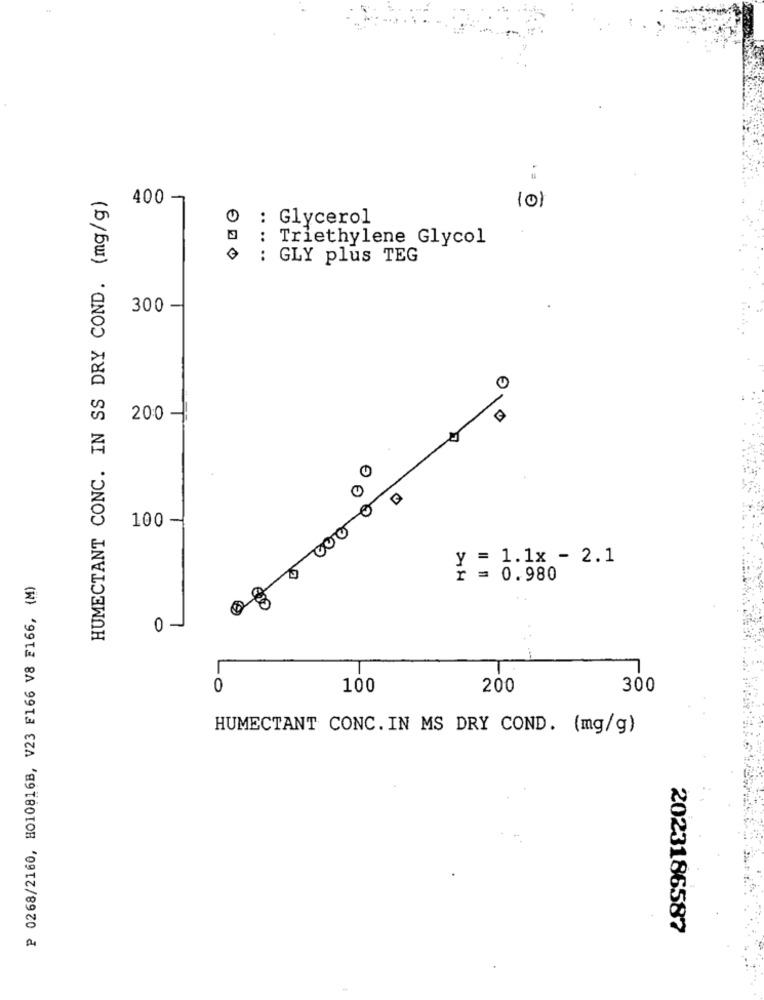
HUMECTANT CONC. IN SS DRY COND. (mg/g)
400-
101
0 : Glycerol
0 : Triethylene Glycol
@ : GLY plus TEG
300
200
2,0
000 0
100 -
Y = 1.1x - 2.1
P 0268/2160, 8010816B, V23 F166 V8 F166, (M)
r = 0.980
0 -
0
100
200
300
HUMECTANT CONC. IN MS DRY COND. (mg/g)
2023186587